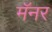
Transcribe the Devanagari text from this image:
मॅनर